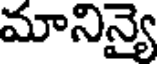
మానిన్యై